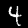
Digit: 4